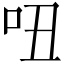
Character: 吜